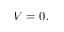
V = 0 .